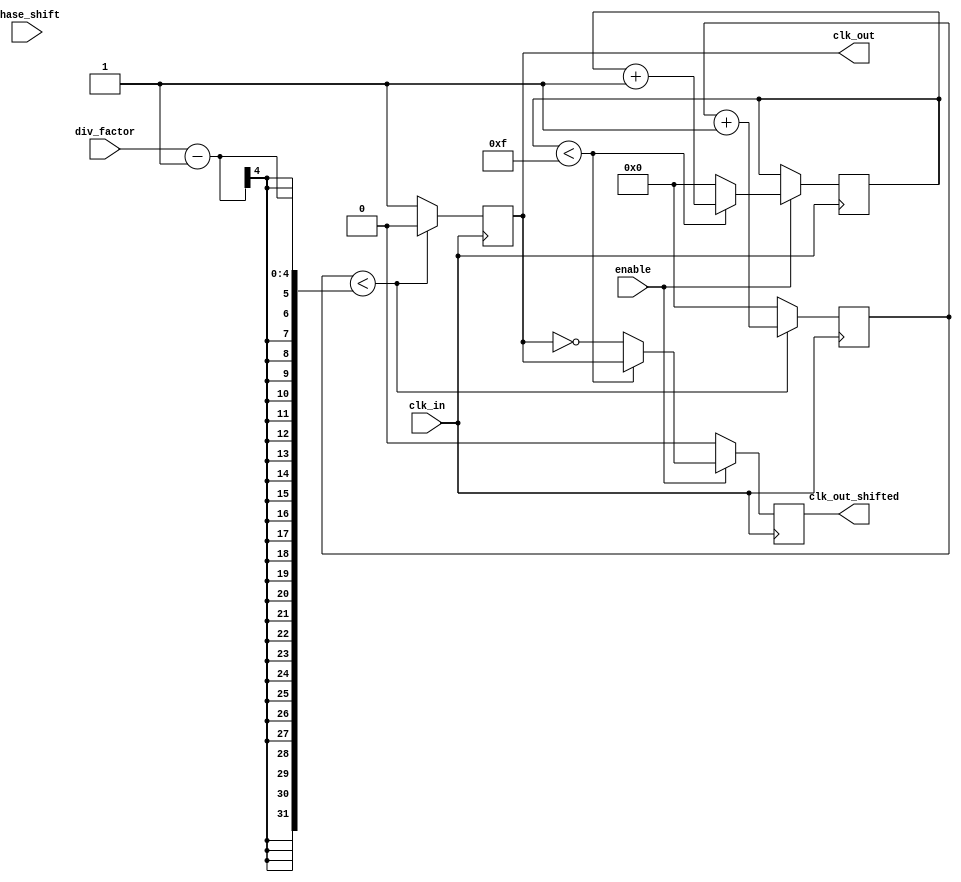
module programmable_clock_buffer (
    input wire clk_in,             // Input clock
    input wire [3:0] div_factor,   // Programmable division factor (1 to 16)
    input wire [3:0] phase_shift,   // Programmable phase shift (0 to 15)
    input wire enable,              // Enable signal for clock output
    output reg clk_out,             // Output clock
    output reg clk_out_shifted      // Output clock with phase shift
);

// Parameters
parameter MAX_DIV = 16; // Maximum division factor
parameter PHASE_MAX = 15; // Maximum phase adjustment

// Internal registers
reg [3:0] counter;         // Counter for clock division
reg [3:0] phase_counter;   // Counter for phase adjustment

// Clock division logic
always @(posedge clk_in) begin
    if (counter < (div_factor - 1)) begin
        counter <= counter + 1;
        clk_out <= 1'b0; // Output low until counter reaches division factor
    end else begin
        clk_out <= 1'b1; // Output high when counter reaches division factor
        counter <= 0; // Reset counter
    end
end

// Phase adjustment logic
always @(posedge clk_in) begin
    if (enable) begin
        if (phase_counter < PHASE_MAX) begin
            phase_counter <= phase_counter + 1;
            clk_out_shifted <= clk_out; // Maintain original clock during phase adjustment
        end else begin
            clk_out_shifted <= ~clk_out; // Phase shift by inverting the clock
            phase_counter <= 0; // Reset phase counter
        end
    end else begin
        clk_out_shifted <= 1'b0; // Disable output when enable is low
    end
end

// Initialization
initial begin
    counter = 0;
    phase_counter = 0;
    clk_out = 0;
    clk_out_shifted = 0;
end

endmodule